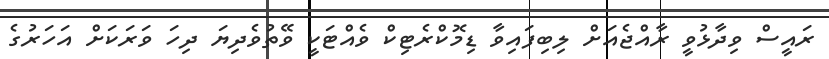
ރައީސް ވިދާޅުވީ ރާއްޖެއަށް ލިބިފައިވާ ޑިމޮކްރެޓިކް ވެއްޓަކީ ވޭތުވެދިޔަ ދިހަ ވަރަކަށް އަހަރުގެ